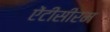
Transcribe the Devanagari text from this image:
ऐंटीसीरम